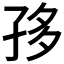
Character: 𡥥